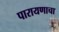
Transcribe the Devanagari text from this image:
पारायणाचा